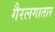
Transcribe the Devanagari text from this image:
गैरलगातार